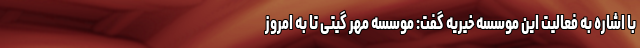
با اشاره به فعالیت این موسسه خیریه گفت: موسسه مهر گیتی تا به امروز